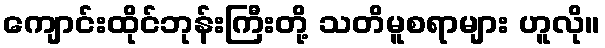
ကျောင်းထိုင်ဘုန်းကြီးတို့ သတိမူစရာများ ဟူလို။